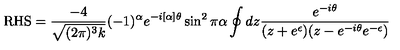
\mathrm { R H S } = \frac { - 4 } { \sqrt { ( 2 \pi ) ^ { 3 } k } } ( - 1 ) ^ { \alpha } e ^ { - i [ \alpha ] \theta } \sin ^ { 2 } \pi \alpha \oint d z \frac { e ^ { - i \theta } } { ( z + e ^ { \epsilon } ) ( z - e ^ { - i \theta } e ^ { - \epsilon } ) }